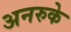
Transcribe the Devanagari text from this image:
अनरुके